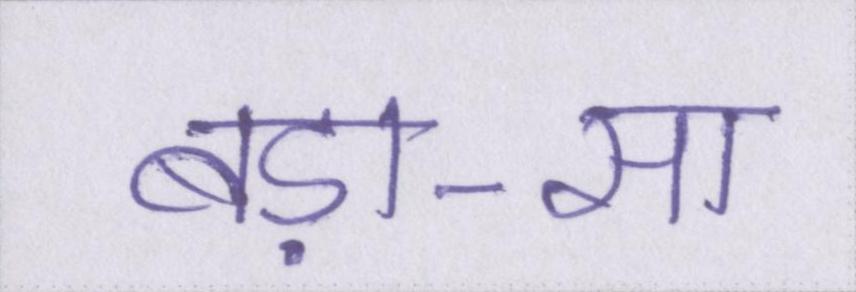
बड़ा-सा